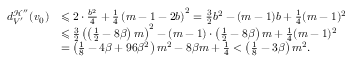
\begin{array} { r l } { d _ { V ^ { \prime } } ^ { \mathcal { H } ^ { \prime \prime } } ( v _ { 0 } ) } & { \leqslant 2 \cdot \frac { b ^ { 2 } } { 4 } + \frac { 1 } { 4 } \left( m - 1 - 2 b \right) ^ { 2 } = \frac { 3 } { 2 } b ^ { 2 } - ( m - 1 ) b + \frac { 1 } { 4 } ( m - 1 ) ^ { 2 } } \\ & { \leqslant \frac { 3 } { 2 } \left( \left( \frac { 1 } { 2 } - 8 \beta \right) m \right) ^ { 2 } - ( m - 1 ) \cdot \left( \frac { 1 } { 2 } - 8 \beta \right) m + \frac { 1 } { 4 } ( m - 1 ) ^ { 2 } } \\ & { = \left( \frac { 1 } { 8 } - 4 \beta + 9 6 \beta ^ { 2 } \right) m ^ { 2 } - 8 \beta m + \frac { 1 } { 4 } < \left( \frac { 1 } { 8 } - 3 \beta \right) m ^ { 2 } . } \end{array}